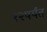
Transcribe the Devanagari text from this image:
१२पर्यंत